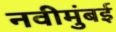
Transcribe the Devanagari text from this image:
नवीमुंबई